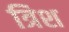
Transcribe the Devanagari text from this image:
त्रिश